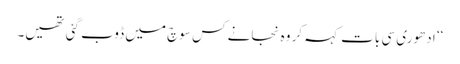
‘‘ ادھوری سی بات کہہ کر وہ نجانے کس سوچ میں ڈوب گئی تھیں۔